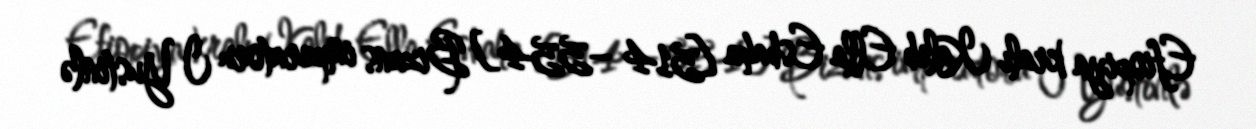
Efiopiya kralı Kaleb Ella Esbaha [514 −554] Bizans imperatoru I Yustinlə